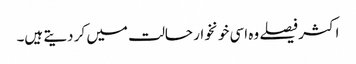
اکثر فیصلے وہ اسی خونخوار حالت میں کر دیتے ہیں۔